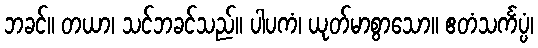
ဘခင်။ တယာ၊ သင်ဘခင်သည်။ ပါပကံ၊ ယုတ်မာစွာသော။ ဧတံသင်္ကပ္ပံ၊